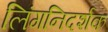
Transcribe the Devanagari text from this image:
लिंगनिदर्शक